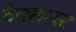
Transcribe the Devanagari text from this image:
वैक्सलर